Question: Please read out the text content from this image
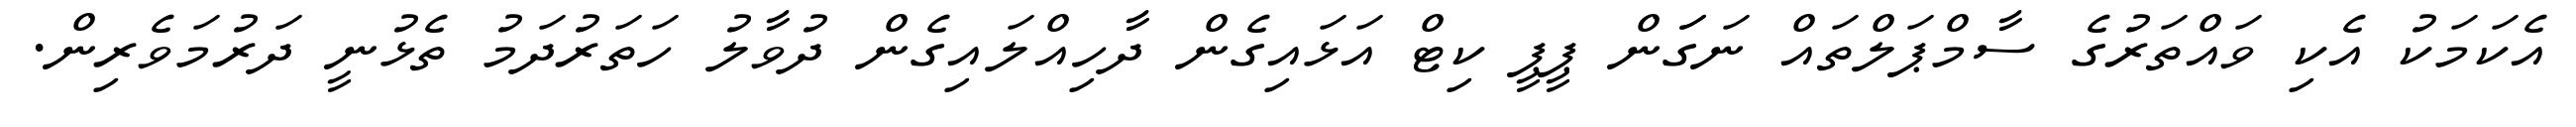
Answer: އެކަމަކު އެކި ވައްތަރުގެ ސާމްޕަލްތައް ނަގަަން ޕީޕީ ކިޓް އަޅައިގެން ދާހިއްލައިގެން ދުވާލު ހަތަރުދަމު ތެޅުނީ ދަރުމަވެރިން.